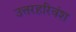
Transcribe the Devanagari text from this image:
उत्तरहरिवंश